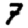
Digit: 7